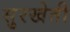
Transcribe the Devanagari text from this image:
सुरखेती